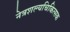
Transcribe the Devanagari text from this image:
नेत्रशल्यचिकित्सक